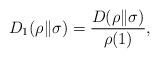
LaTeX: \begin{align*}D_1(\rho\|\sigma)={D(\rho\|\sigma)\over\rho(1)},\end{align*}